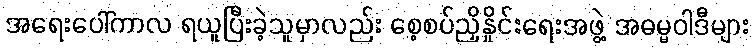
အရေးပေါ်ကာလ ရယူပြီးခဲ့သူမှာလည်း စေ့စပ်ညှိနှိုင်းရေးအဖွဲ့ အဓမ္မဝါဒီများ